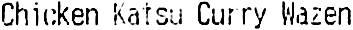
CHICKEN KATSU CURRY WAZEN